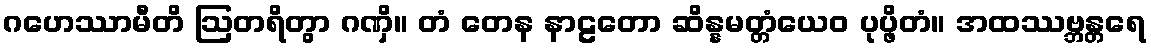
ဂဟေဿာမီတိ ဩတရိတွာ ဂဏှိ။ တံ တေန နာဠတော ဆိန္နမတ္တံယေဝ ပုပ္ဖိတံ။ အထဿဗ္ဘန္တရေ